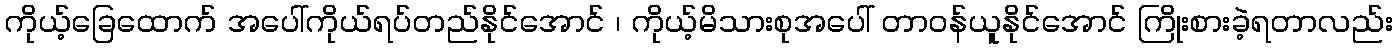
ကိုယ့်ခြေထောက် အပေါ်ကိုယ်ရပ်တည်နိုင်အောင် ၊ ကိုယ့်မိသားစုအပေါ် တာဝန်ယူနိုင်အောင် ကြိုးစားခဲ့ရတာလည်း